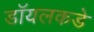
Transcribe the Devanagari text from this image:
डॉयलकडे